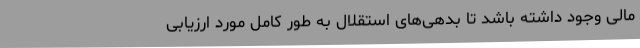
مالی وجود داشته باشد تا بدهی‌های استقلال به طور کامل مورد ارزیابی